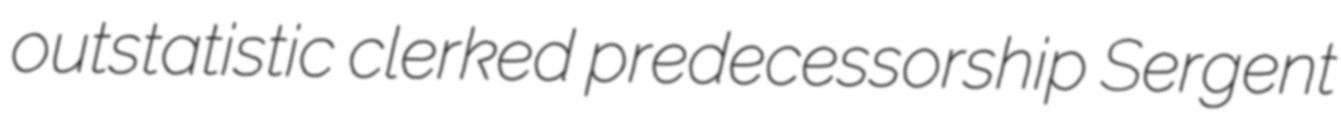
outstatistic clerked predecessorship Sergent